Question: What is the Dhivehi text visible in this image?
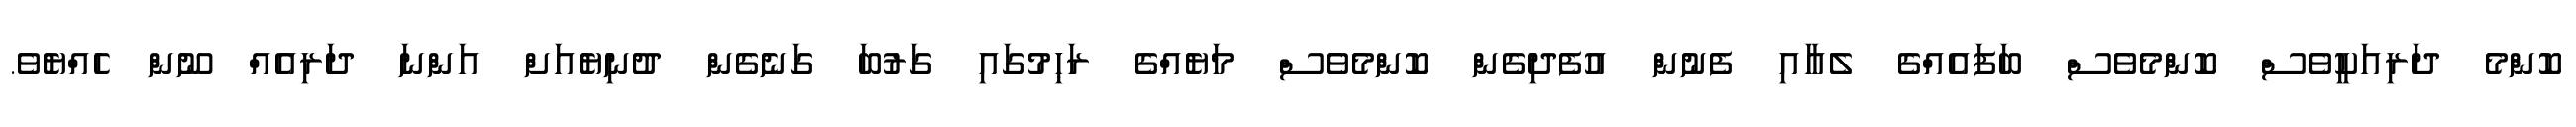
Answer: ކޮންމެ ދަރިއަކީވެސް ކޮންމެވެސް ބަފައެއްގެ ލެއާއި ފެނުން އުފެދިގެން ކޮންމެވެސް މަޔެއްގެ ރަޙިމުގައި ގަރުބަ ގަނެގެން ދުނިޔެއަށް އަންނަ ދަރިއެއް ނޫން ހެއްޔެވެ.